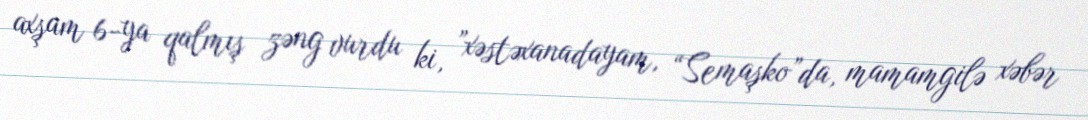
axşam 6-ya qalmış zəng vurdu ki, ”xəstəxanadayam, “Semaşko”da, mamamgilə xəbər